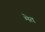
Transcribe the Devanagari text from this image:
मेत